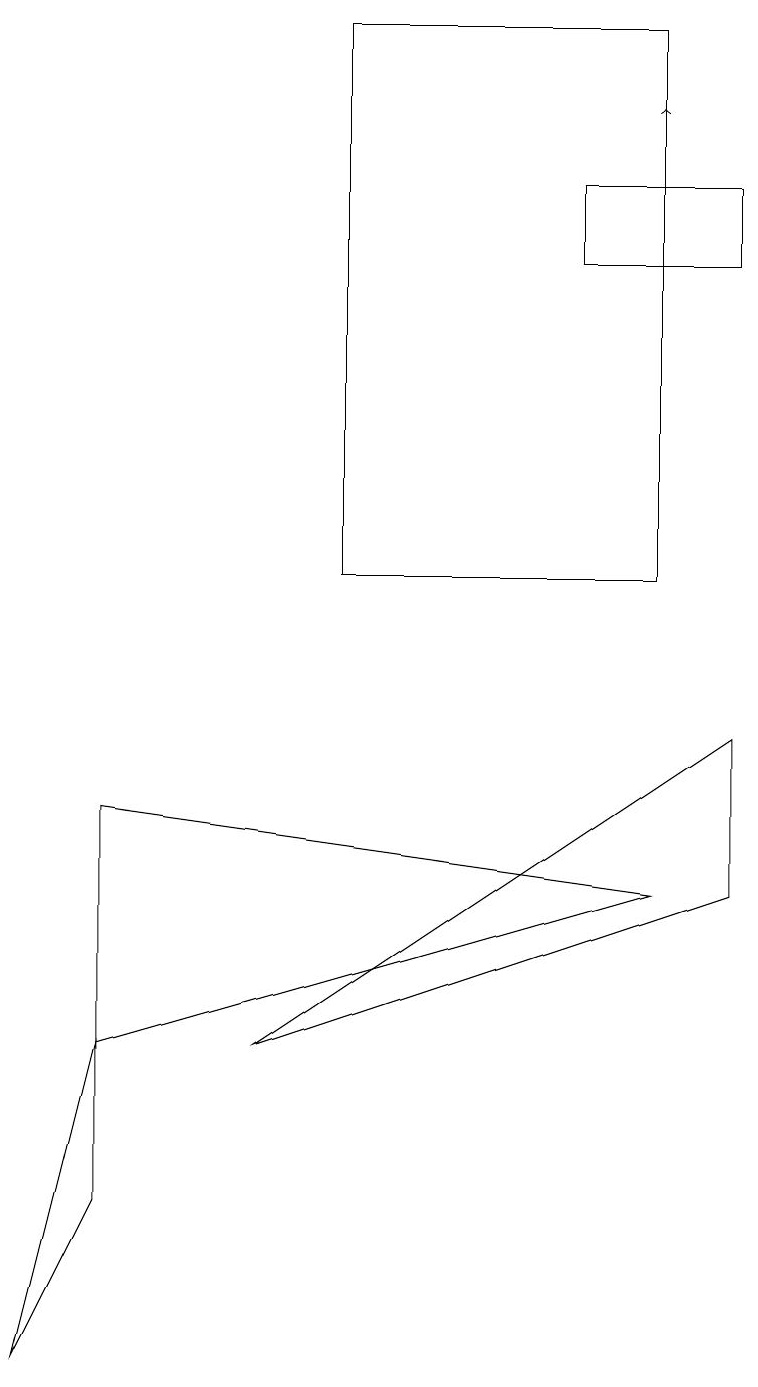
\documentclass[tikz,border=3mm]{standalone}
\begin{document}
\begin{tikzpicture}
\draw (7,14) rectangle (9,15);
\draw (3,4) -- (9,8) -- (9,6) -- cycle;
\draw[->] (8,16) -- (8,16);
\draw (4,17) rectangle (8,10);
\draw (1,4) -- (0,0) -- (1,2) -- cycle;
\draw (1,7) -- (1,4) -- (8,6) -- cycle;
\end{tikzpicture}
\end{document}